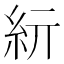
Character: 𥾦